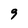
Character: 9